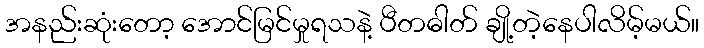
အနည်းဆုံးတော့ အောင်မြင်မှုရသနဲ့ ပီတဓါတ် ချို့တဲ့နေပါလိမ့်မယ်။